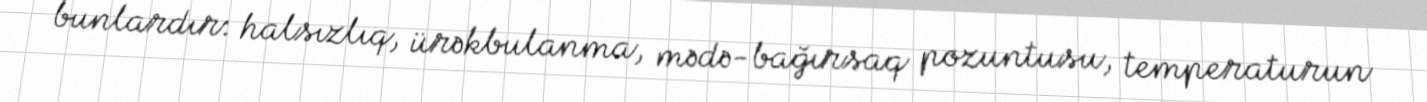
bunlardır: halsızlıq, ürəkbulanma, mədə-bağırsaq pozuntusu, temperaturun